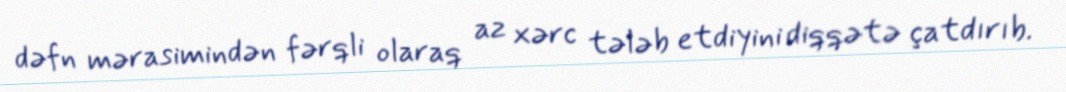
dəfn mərasimindən fərqli olaraq az xərc tələb etdiyini diqqətə çatdırıb.